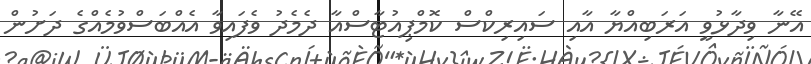
އޭނާ ވިދާޅުވީ އަރަބިއްޔާ އާއި ސައިރިކްސް ކޮމްޕިއުޓާސްއާ ދެމެދު ވެފައިވާ އެއްބަސްވުމެއްގެ ދަށުން